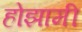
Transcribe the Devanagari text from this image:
होझामी